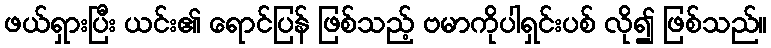
ဖယ်ရှားပြီး ယင်း၏ ရောင်ပြန် ဖြစ်သည့် ဗမာကိုပါရှင်းပစ် လို၍ ဖြစ်သည်။